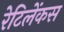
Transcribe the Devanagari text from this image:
रेटिलेंकस